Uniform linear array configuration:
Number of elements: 4
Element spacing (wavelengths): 0.25
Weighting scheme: binomial
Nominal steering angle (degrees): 60
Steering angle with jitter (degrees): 61.132
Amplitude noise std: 0.05
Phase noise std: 0.05

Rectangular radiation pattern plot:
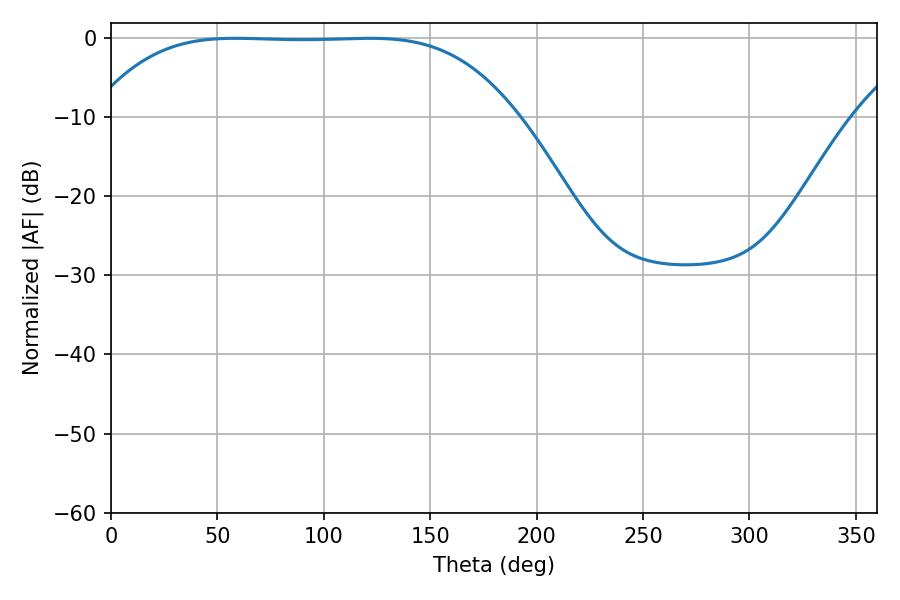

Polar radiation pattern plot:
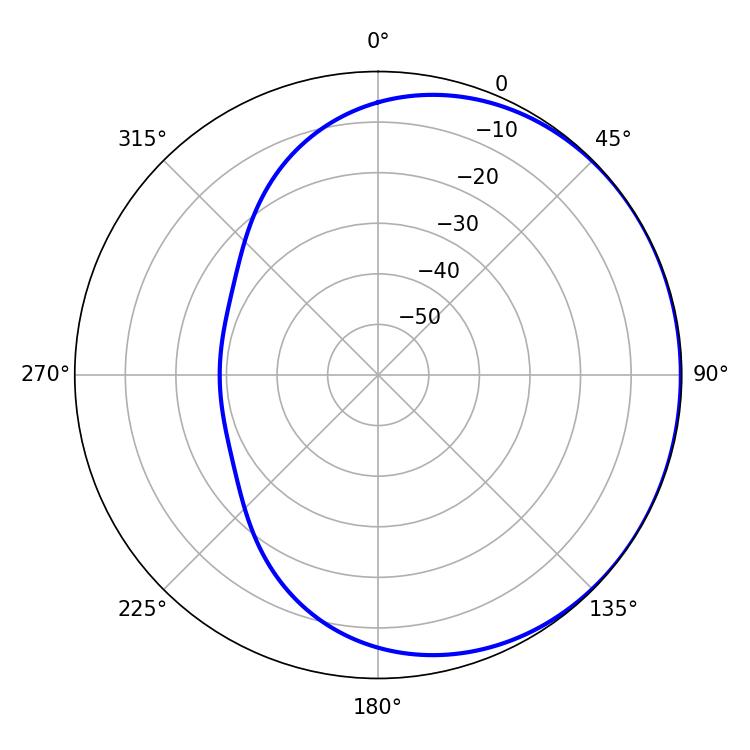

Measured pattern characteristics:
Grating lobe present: FALSE
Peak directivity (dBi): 0.4269
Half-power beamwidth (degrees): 151.56
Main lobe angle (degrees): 58.5